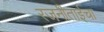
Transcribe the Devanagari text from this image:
रजनीताईचा